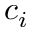
c _ { i }